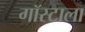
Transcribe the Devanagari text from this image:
गॉस्टाला